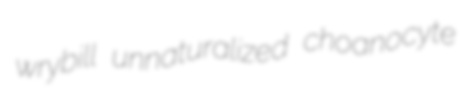
wrybill unnaturalized choanocyte